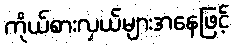
ကိုယ်စားလှယ်များအနေဖြင့်